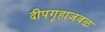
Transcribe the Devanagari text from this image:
दीपगृहाजवळ